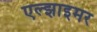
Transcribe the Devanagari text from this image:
एल्झाइमर